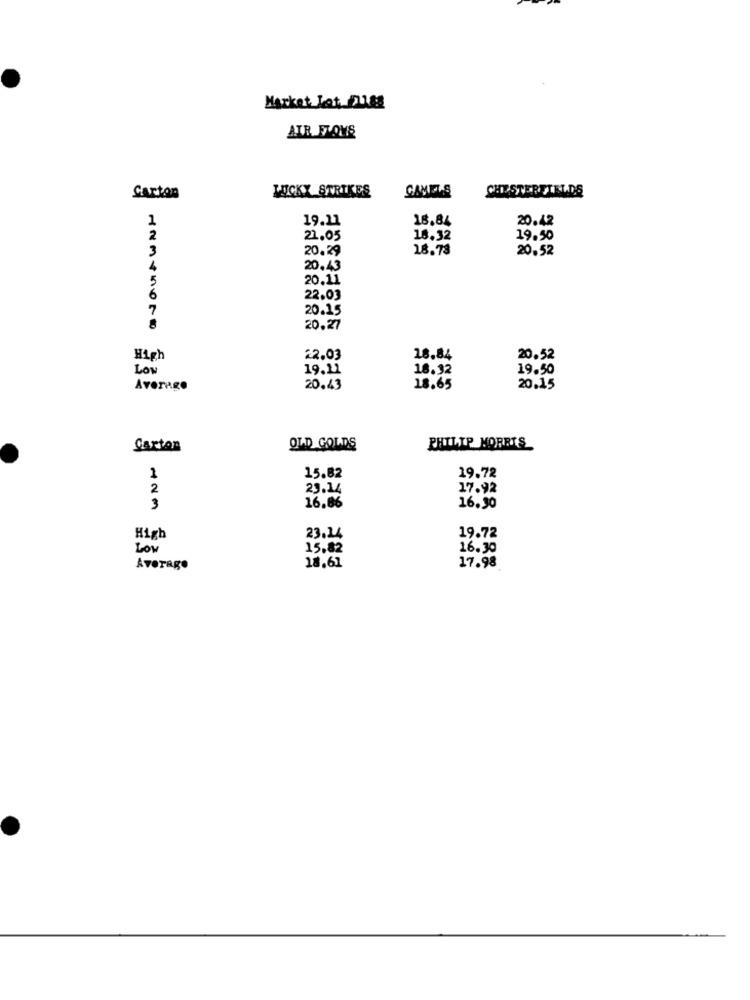
Market Let Fuss
AIR FTONS
LUCKY STRIKES
CAMELS
CHESTERFIELDS
Carton
1
19.11
16.84
20.42
2
22.05
18.32
19.50
3
20.29
18.73
20.52
4
20.43
5
20.11
6
22.03
7
20.15
20.27
High
22.03
18.84
20.52
Low
19.11
16.32
19.50
Average
20.43
18.65
20.15
Carton
OLD GOLDS
PHILIP MORRIS
19.72
1
15.82
2
23.14
17.92
3
16.86
16.30
High
23.14
19.72
LOW
15.82
16.30
Average
18.61
17.98